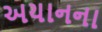
અયાનના